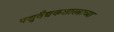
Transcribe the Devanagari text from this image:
पशुवैद्यकशास्त्राच्या